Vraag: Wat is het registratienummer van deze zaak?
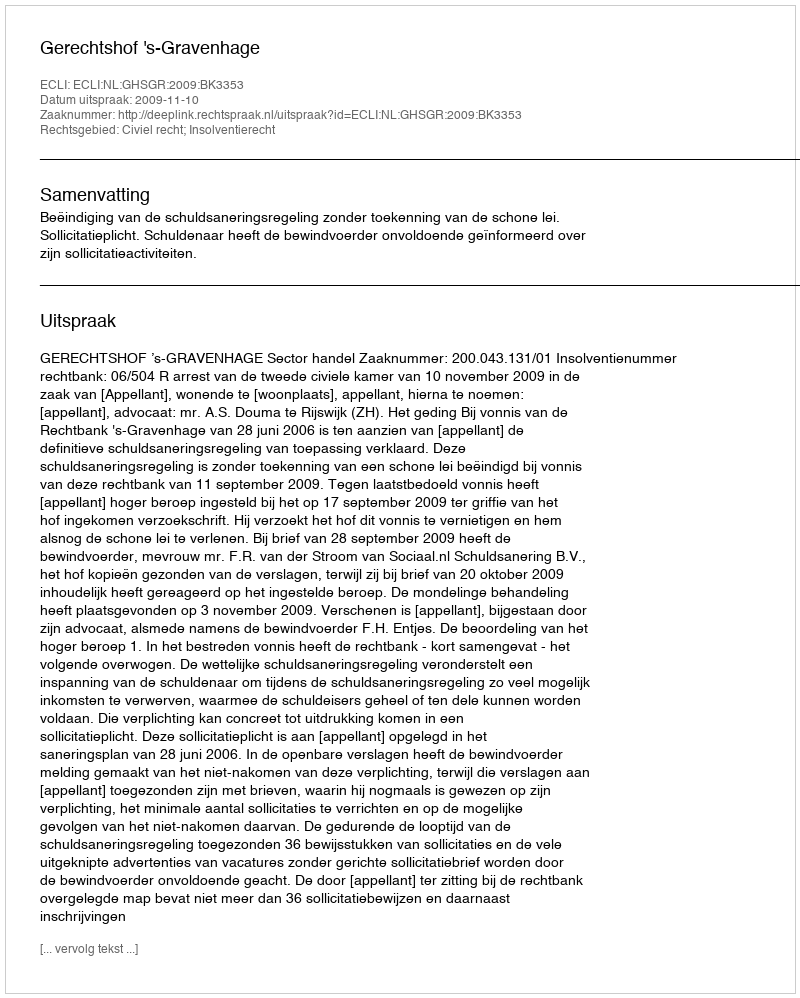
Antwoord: http://deeplink.rechtspraak.nl/uitspraak?id=ECLI:NL:GHSGR:2009:BK3353